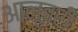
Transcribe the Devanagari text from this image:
आलूबरी